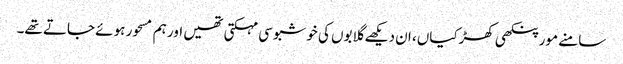
سامنے مور پنکھی کھڑکیاں، ان دیکھے گلابوں کی خوشبو سی مہکتی تھیں اور ہم مسحور ہوئے جاتے تھے۔